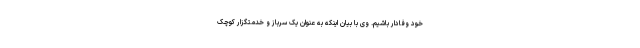
خود وفادار باشیم. وی با بیان اینکه به عنوان یک سرباز و خدمتگزار کوچک